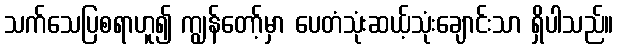
သက်သေပြစရာဟူ၍ ကျွန်တော့်မှာ ပေတံသုံးဆယ့်သုံးချောင်းသာ ရှိပါသည်။